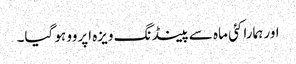
اور ہمارا کئی ماہ سے پینڈنگ ویزہ اپروو ہو گیا۔